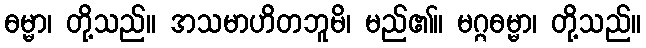
ဓမ္မာ၊ တို့သည်။ အသမာဟိတဘူမိ၊ မည်၏။ မဂ္ဂဓမ္မာ၊ တို့သည်။